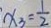
x _ { 3 } = \frac { 1 } { 2 }